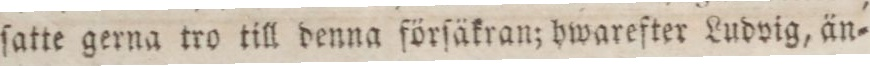
ſatte gerna tro till denna förſäkran; hwarefter Ludvig, än=